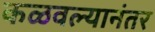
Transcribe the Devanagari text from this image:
कळवल्यानंतर